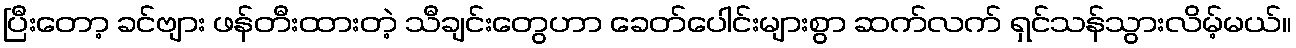
ပြီးတော့ ခင်ဗျား ဖန်တီးထားတဲ့ သီချင်းတွေဟာ ခေတ်ပေါင်းများစွာ ဆက်လက် ရှင်သန်သွားလိမ့်မယ်။